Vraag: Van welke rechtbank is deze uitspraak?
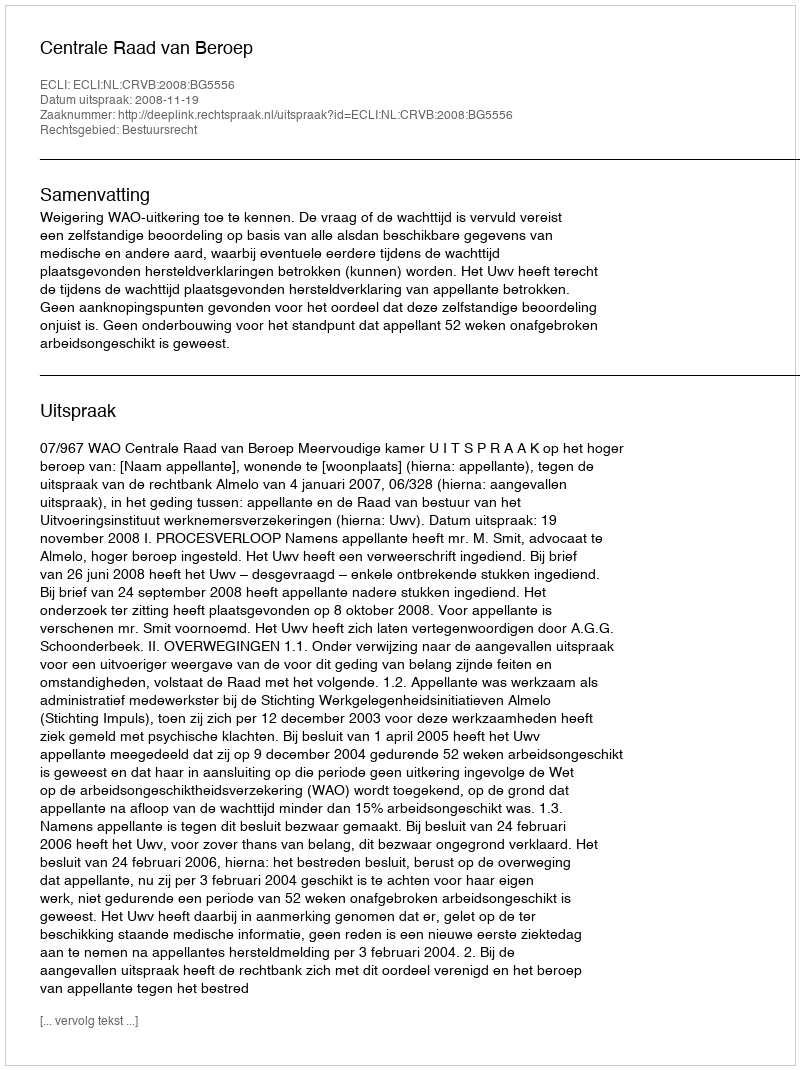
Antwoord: Centrale Raad van Beroep